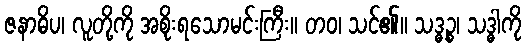
ဇနာဓိပ၊ လူတို့ကို အစိုးရသောမင်းကြီး။ တဝ၊ သင်၏။ သဒ္ဓဉ္စ၊ သဒ္ဓါကို